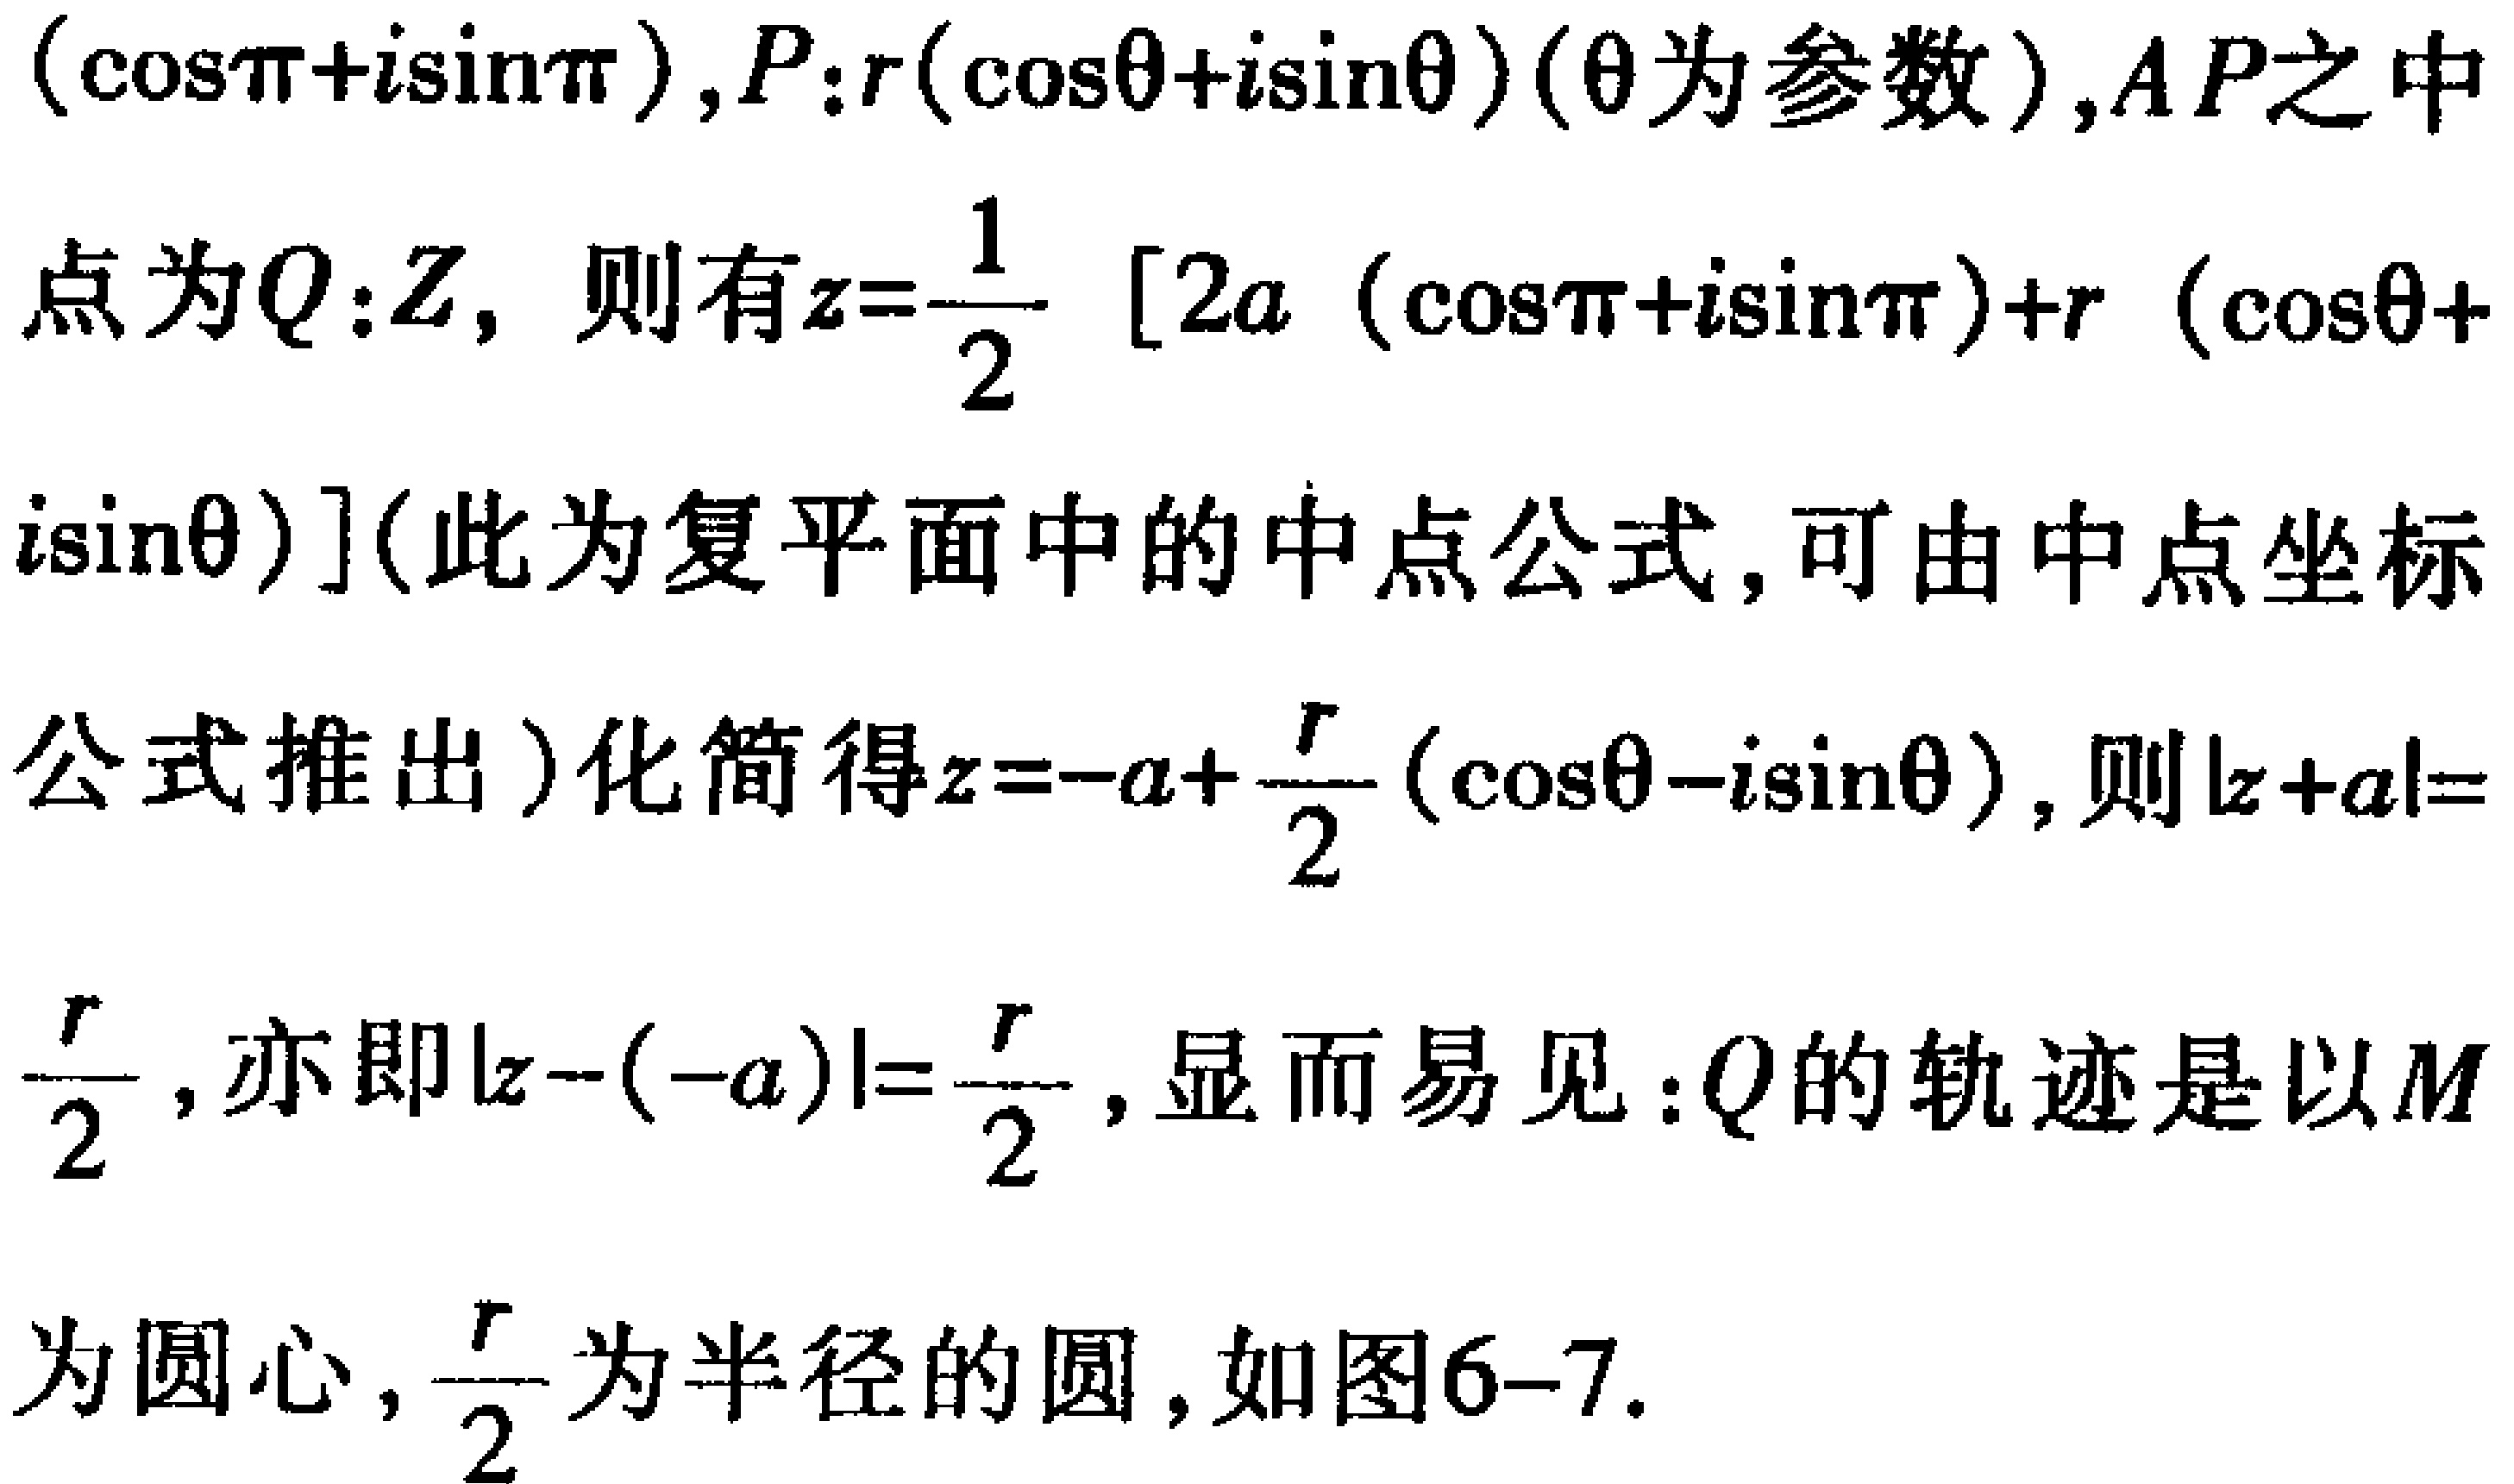
$(\cos\pi + i\sin\pi),P:r(\cos\theta + i\sin\theta)(\theta\text{为参数}),AP\text{之中}$
$点为Q:Z，则有z = \frac{1}{2}[2a(\cos\pi + i\sin\pi)+r(\cos\theta +$
$i\sin\theta)]\text{(此为复平面中的中点公式,可由中点坐标}$
$公式推出)化简得z=-a + \frac{r}{2}(\cos\theta - i\sin\theta),则|z + a|=$
$\frac{r}{2},亦即|z - (-a)|=\frac{r}{2},显而易见:Q的轨迹是以M$
$为圆心,\frac{r}{2}为半径的圆,如图6 - 7.$